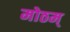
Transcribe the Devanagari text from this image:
मोठम्‌